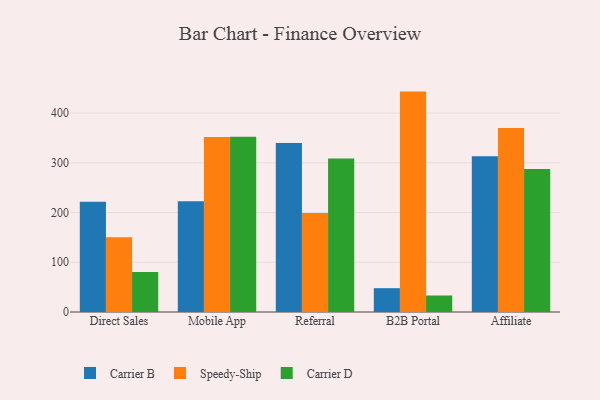
{"axis": {"x": "Channel", "y": "Satisfaction Score"}, "legend": ["Carrier B", "Carrier D", "Speedy-Ship"], "data": [{"x": "Direct Sales", "y": 221.8, "type": "Carrier B"}, {"x": "Direct Sales", "y": 150.5, "type": "Speedy-Ship"}, {"x": "Direct Sales", "y": 80.2, "type": "Carrier D"}, {"x": "Mobile App", "y": 222.8, "type": "Carrier B"}, {"x": "Mobile App", "y": 352.0, "type": "Speedy-Ship"}, {"x": "Mobile App", "y": 352.6, "type": "Carrier D"}, {"x": "Referral", "y": 339.6, "type": "Carrier B"}, {"x": "Referral", "y": 199.2, "type": "Speedy-Ship"}, {"x": "Referral", "y": 308.5, "type": "Carrier D"}, {"x": "B2B Portal", "y": 47.9, "type": "Carrier B"}, {"x": "B2B Portal", "y": 443.2, "type": "Speedy-Ship"}, {"x": "B2B Portal", "y": 33.2, "type": "Carrier D"}, {"x": "Affiliate", "y": 313.1, "type": "Carrier B"}, {"x": "Affiliate", "y": 370.1, "type": "Speedy-Ship"}, {"x": "Affiliate", "y": 287.8, "type": "Carrier D"}]}